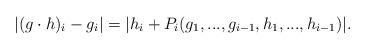
LaTeX: \begin{align*} |(g \cdot h)_i - g_i| = |h_i + P_i(g_1,...,g_{i-1},h_1,...,h_{i-1})|. \end{align*}